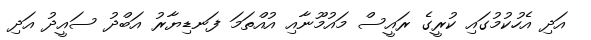
އަދި އެހުކުމުގައި ކުރީގެ ރައީސް މައުމޫނާއި އުއްތަމަ ފަނޑިޔާރު އަބްދު ސައީދު އަދި